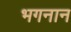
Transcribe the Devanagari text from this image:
भगनान